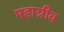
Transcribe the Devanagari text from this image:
महाग्रीव